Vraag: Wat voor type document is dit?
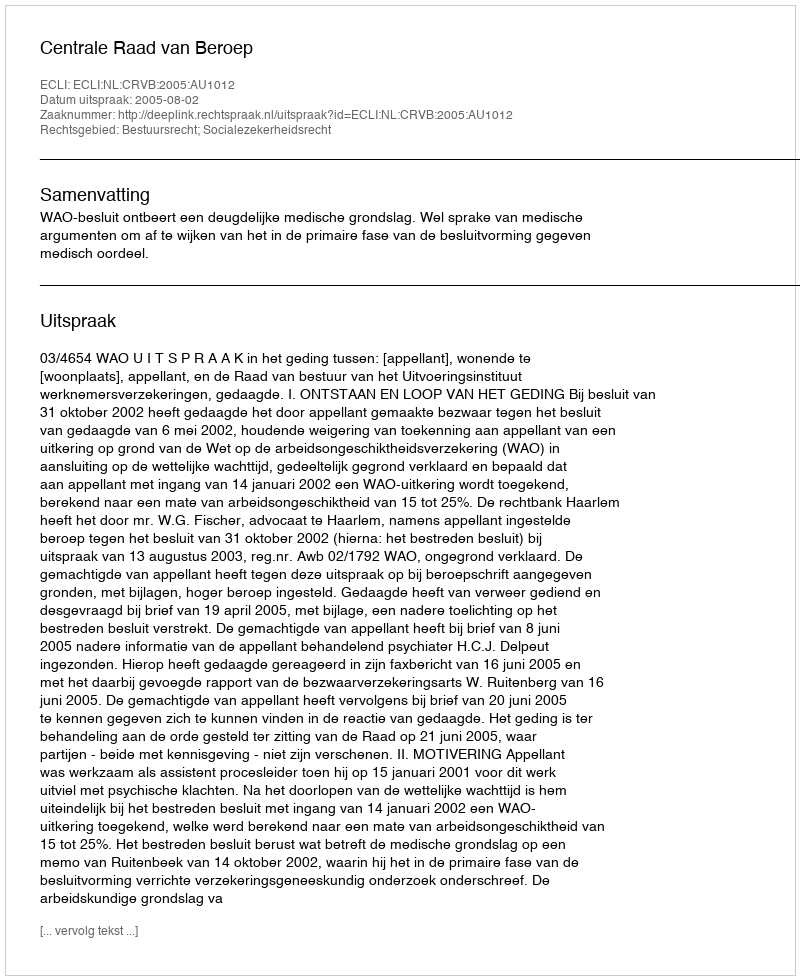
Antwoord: Uitspraak